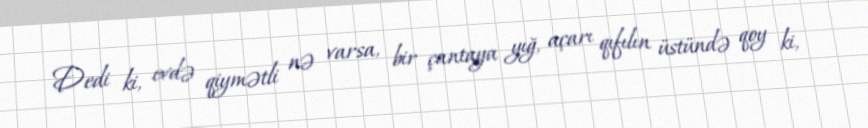
Dedi ki, evdə qiymətli nə varsa, bir çantaya yığ, açarı qıfılın üstündə qoy ki,